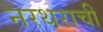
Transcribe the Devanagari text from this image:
नरथराची